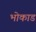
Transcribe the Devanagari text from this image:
भोकाड